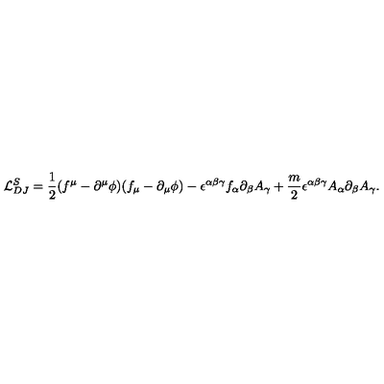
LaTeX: { \cal { L } } _ { D J } ^ { S } = \frac { 1 } { 2 } ( f ^ { \mu } - \partial ^ { \mu } \phi ) ( f _ { \mu } - \partial _ { \mu } \phi ) - \epsilon ^ { \alpha \beta \gamma } f _ { \alpha } \partial _ { \beta } A _ { \gamma } + \frac { m } { 2 } \epsilon ^ { \alpha \beta \gamma } A _ { \alpha } \partial _ { \beta } A _ { \gamma } .